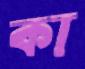
কা